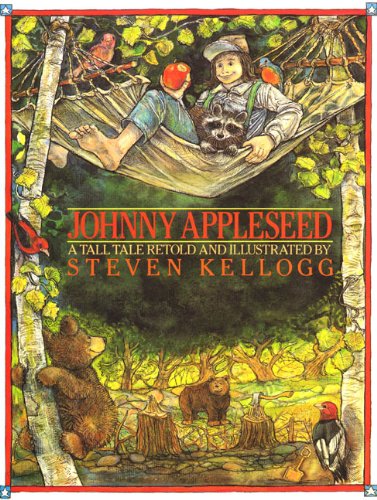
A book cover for Johnny Appleseed; Steven Kellogg; Children's Books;